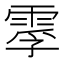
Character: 䨗